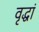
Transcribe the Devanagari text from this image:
वृद्धां